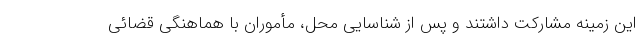
این زمینه مشارکت داشتند و پس از شناسایی محل، مأموران با هماهنگی قضائی